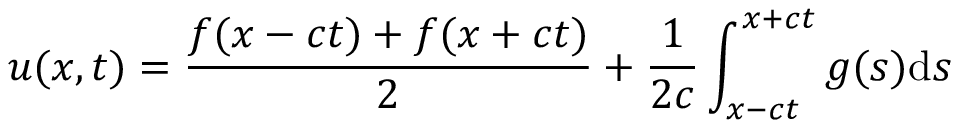
u ( x , t ) = { \frac { f ( x - c t ) + f ( x + c t ) } { 2 } } + { \frac { 1 } { 2 c } } \int _ { x - c t } ^ { x + c t } g ( s ) \mathrm { d } s